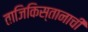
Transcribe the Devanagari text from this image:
ताजिकिस्तानाची